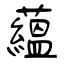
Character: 藴